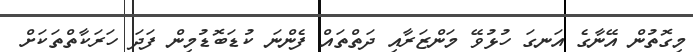
މިގޮތުން އޭނާގެ އަނގަ ހުޅުވޭ މަންޒަރާއި ދަތްތައް ފެންނަ ކުޑަބޮޑުމިން ފަދަ ހަރަކާތްތަކަށް